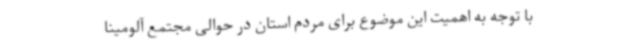
با توجه به اهمیت این موضوع برای مردم استان در حوالی مجتمع آلومینا